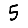
Digit: 5